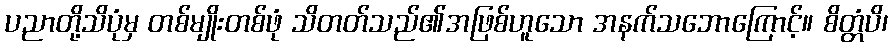
ပညာတို့သိပုံမှ တစ်မျိုးတစ်ဖုံ သိတတ်သည်၏အဖြစ်ဟူသော အနက်သဘောကြောင့်။ စိတ္တံပိ၊